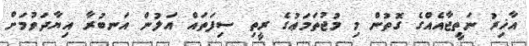
އާޚިރު ނަތީޖާއެއްގެ ގޮތުން މި މުޖުތަމަޢުގެ ރީތި ސިފަތައް އަލުން އަނބުރާ އިޔާދަވުމަށް